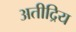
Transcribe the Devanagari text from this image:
अतीद्रिय